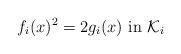
LaTeX: \begin{align*}f_i(x)^2=2g_i(x) \ {\rm in} \ \mathcal{K}_i\end{align*}